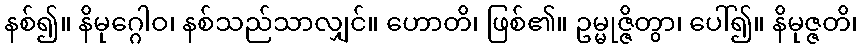
နစ်၍။ နိမုဂ္ဂေါဝ၊ နစ်သည်သာလျှင်။ ဟောတိ၊ ဖြစ်၏။ ဥမ္မုဇ္ဇိတွာ၊ ပေါ်၍။ နိမုဇ္ဇတိ၊